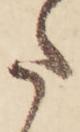
た